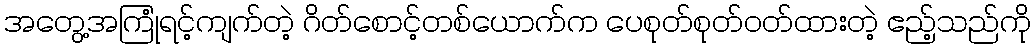
အတွေ့အကြုံရင့်ကျက်တဲ့ ဂိတ်စောင့်တစ်ယောက်က ပေစုတ်စုတ်ဝတ်ထားတဲ့ ဧည့်သည်ကို